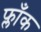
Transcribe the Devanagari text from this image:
फ्लाँक